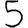
Digit: 5